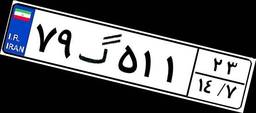
۷۹گ۵۱۱۲۳